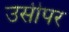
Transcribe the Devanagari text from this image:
उसीपर